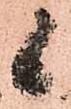
候